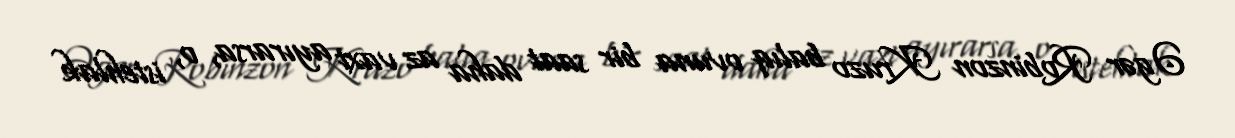
Əgər Robinzon Kruzo balıq ovuna bir saat daha az vaxt ayırarsa, o, istehlak